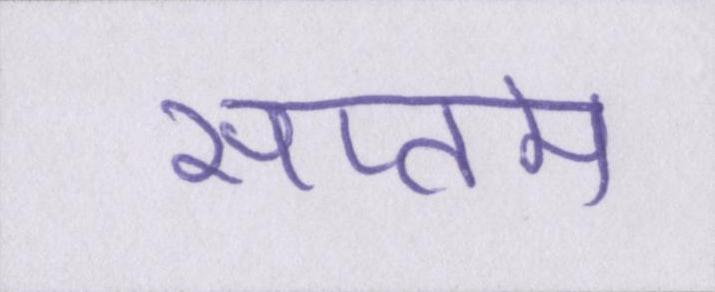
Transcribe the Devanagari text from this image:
सप्तम